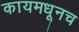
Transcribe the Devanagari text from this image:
कायमधूनच